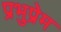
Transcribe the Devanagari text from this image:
प्रभुप्रेम